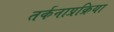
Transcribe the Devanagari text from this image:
तर्कनाप्रक्रिया